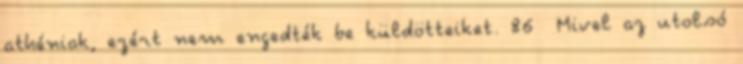
athéniak, ezért nem engedték be küldötteiket. 86 Mivel az utolsó